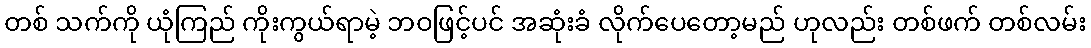
တစ် သက်ကို ယုံကြည် ကိုးကွယ်ရာမဲ့ ဘဝဖြင့်ပင် အဆုံးခံ လိုက်ပေတော့မည် ဟုလည်း တစ်ဖက် တစ်လမ်း